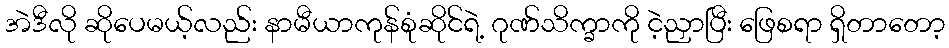
အဲဒီလို ဆိုပေမယ့်လည်း နာမီယာကုန်စုံဆိုင်ရဲ့ ဂုဏ်သိက္ခာကို ငဲ့ညှာပြီး ဖြေစရာ ရှိတာတော့